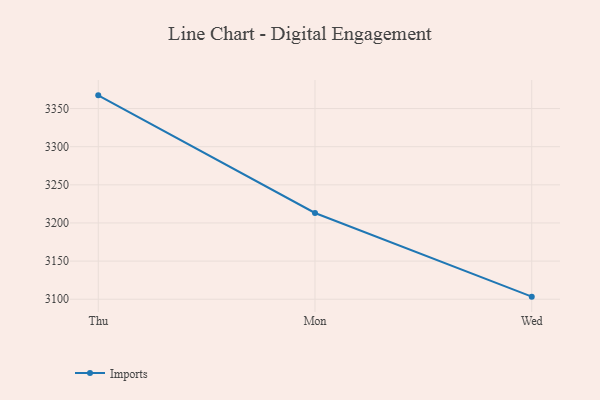
{"axis": {"x": "Day", "y": "Operating Costs (USD K)"}, "legend": ["Imports"], "data": [{"x": "Thu", "y": 3367.3, "type": "Imports"}, {"x": "Mon", "y": 3213.1, "type": "Imports"}, {"x": "Wed", "y": 3103.4, "type": "Imports"}]}